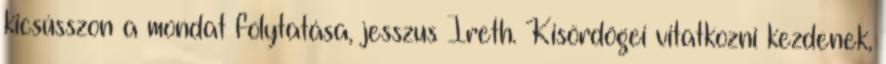
kicsússzon a mondat folytatása, jesszus Ireth. Kisördögei vitatkozni kezdenek,